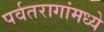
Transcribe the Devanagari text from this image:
पर्वतरागांमध्ये